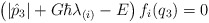
\begin{align*} \left(|\hat{p}_3|+G\hbar\lambda_{(i)}-E\right)f_i(q_3)=0\end{align*}